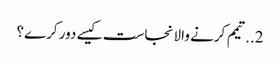
2..تیمم کرنے والا نجاست کیسے دور کرے؟